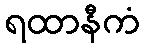
ရထာနီကံ